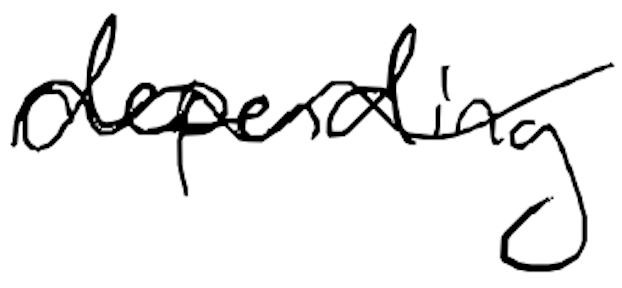
Text: depending
Cross-out: wave
Writing tool: digital_black